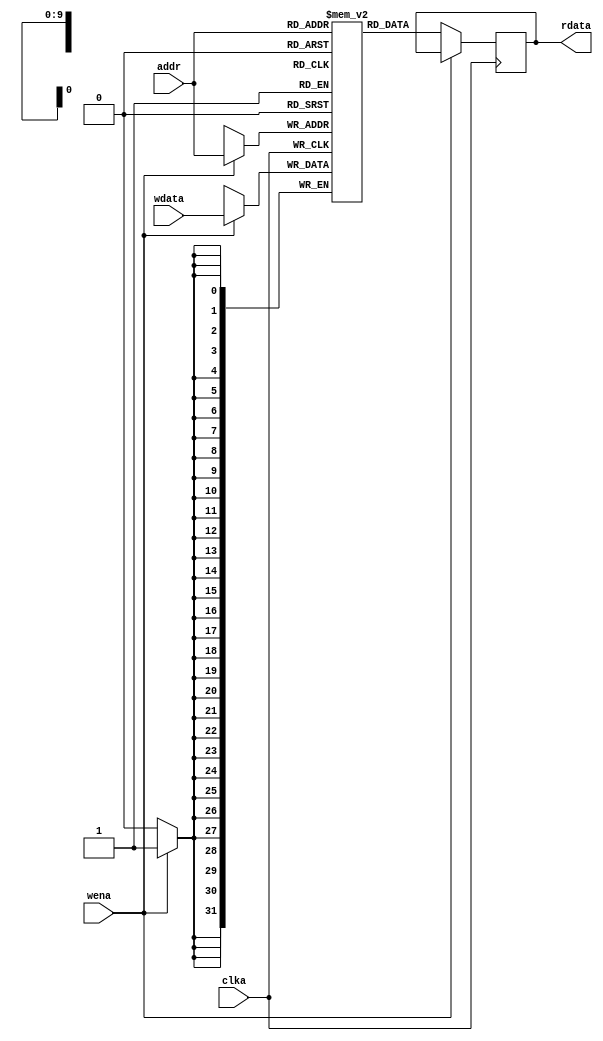
module eSRAM #(
    parameter DATA_WIDTH = 32,     // Data width: 8, 16, 32 bits
    parameter ADDR_WIDTH = 10,      // Address width for a depth 2^ADDR_WIDTH
    parameter MEM_DEPTH = 1 << ADDR_WIDTH  // Total number of memory locations
)(
    input wire clka,                 // Clock signal
    input wire wena,                 // Write enable
    input wire [ADDR_WIDTH-1:0] addr, // Address Bus
    input wire [DATA_WIDTH-1:0] wdata, // Data input
    output reg [DATA_WIDTH-1:0] rdata // Data output
);

    // Memory array declaration
    reg [DATA_WIDTH-1:0] mem [0:MEM_DEPTH-1];

    always @(posedge clka) begin
        if (wena) begin
            // Write operation
            mem[addr] <= wdata;
        end else begin
            // Read operation
            rdata <= mem[addr];
        end
    end
endmodule